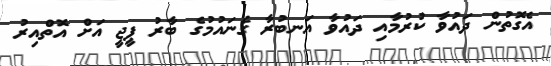
އެގޮތުން ދައުވާ ކުރުމާއި ދައުވާ އަނބުރާ ގެނައުމުގެ ބާރު ޕީޖީ އަށް އޮތްއިރު